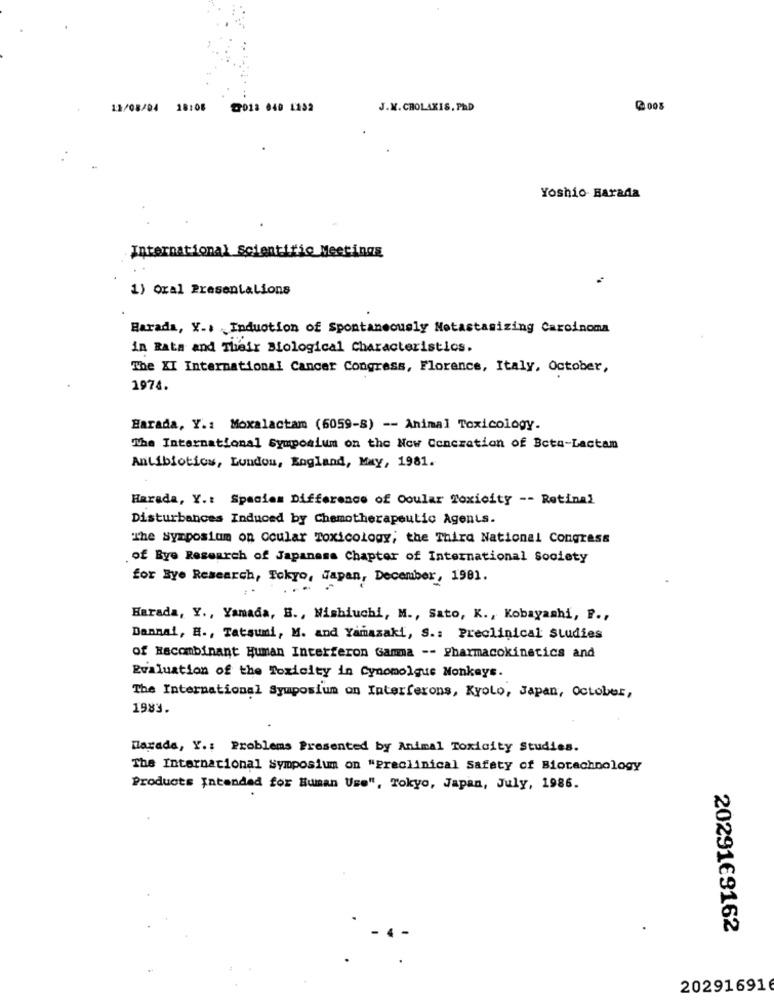
12/08/04 18:08
@01: 040 1152
J.W.CHOLAXIS. PAD
Yoshio Barada
International Scientific Meetings
1) Oral Presentations
Harada, Y ., Induction of Spontaneously Notastasizing Carcinoma
in Rata and Their Biological Characteristics.
The XI International Cancer Congress, Florence, Italy, October,
1974.
Harada, Y .: Moxalactam (6059-8) -- Animal Toxicology.
The International Symposium on the Now Conczation of Beta-Lactam
Antibiotics, Lundou, Kogland, May, 1981.
Harada, Y .: Spaciem Difference of Ooular Toxicity -- Retinal
Disturbances Induced by Chemotherapeutic Agents.
The symposium on ocular Toxicology; the Third National Congress
of Bye Research of Japanese Chapter of International Society
for Eye Research, Tokyo, Japan, December, 1981.
Harada, Y ., Yamada, B ., Nishiuchi, M ., Sato, K ., Kobayashi, P .,
Dannal, H ., Tatsumi, M. and Yamazaki, S .: Preclinical studies
of Recombinant Human Interferon Gamma -- Pharmacokinetics and
Evaluation of the Toxicity in Cynomolque Monkeys.
The International Symposium on Interferons, Kyolo, Japan, October,
1983.
Harada, Y .: Problems Presented by Animal Toxicity Studies.
The International Symposium on "Preclinical Safety of Biotechnology
Products Intended for Human Use", Tokyo, Japan, July, 1986.
2029169162
202916916